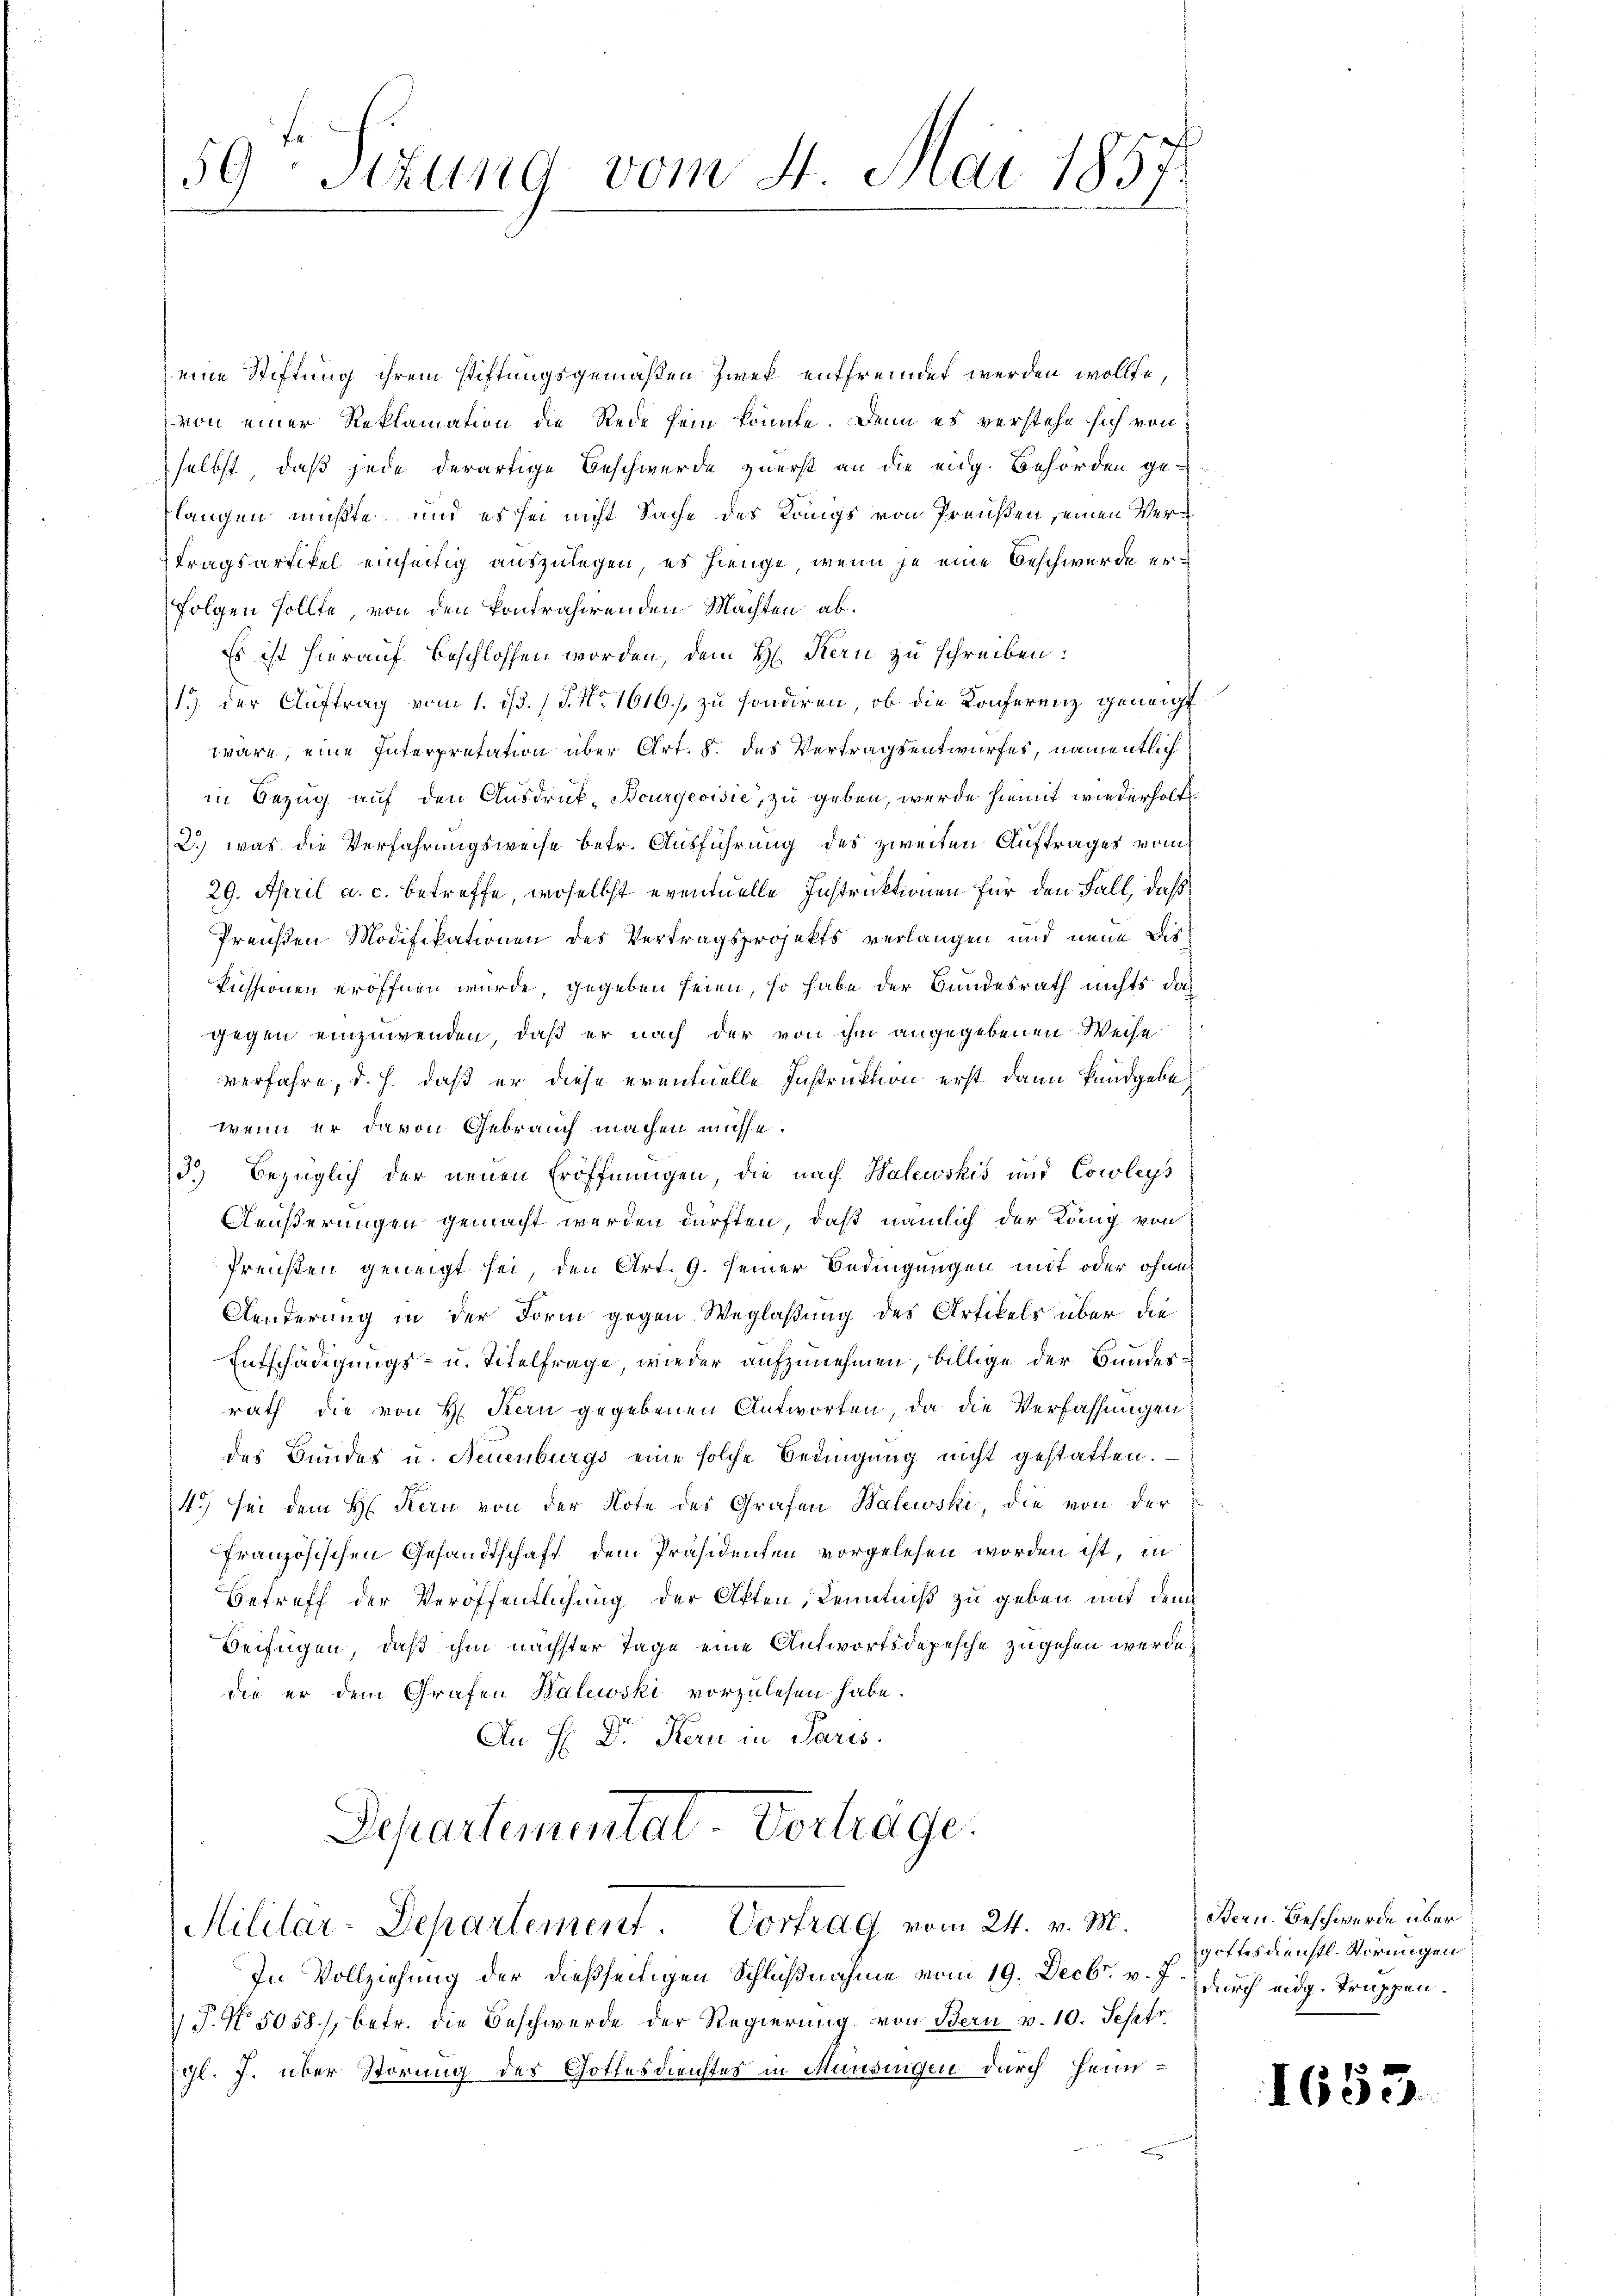
59te Sitzung vom 4. Mai 1857.

eine Stiftung ihrem Stiftungsgemäßen Zwek entfremdet werden wollte,
von einer Reklamation die Rede sein könnte. Denn es verstehe sich von
selbst, daß jede derartige Beschwerde zuerst an die eidg. Behörden ge-
langen mußte, und es sei nicht Sache des Königs von Preußen, einen Vertragsartikel einseitig auszulegen, es hienge, wenn je eine Beschwerde erfolgen sollte, von den kontrahirenden Machten ab¬
Es ist hierauf beschlossen worden, dem H. Kern zu schreiben:
1 der Auftrag vom 1. ist. (T. No. 1616./ zu sondiren, ob die Konferenz geneigt
wäre, eine Interpretation über Art. 8. des Vertragsentwurfes, namentlich
in Bezug auf den Ausdruck-Bourgeoisie, zu geben, werde hiemit wiederholt
2.) Was die Verfahrungsweise betr. Ausführung des zweiten Auftrages vom
29. April a. c. betreffe, woselbst eventuelle Instruktionen für den Fall, daß
Preußen Modifikationen des Vertragsprojekts verlangen und neue Diskussionen eröffnen wurde, gegeben seien, so habe der Bundesrath nichts dah
gegen einzuwenden, daß er nach der von ihm angegebenen Weise
verfahre, d. h. daß er diese eventuelle Instruktion erst dann kundgebe
wenn er davon Gebrauch machen müsse.
3.) Bezüglich der neuen Eröffnungen, die nach Walewskis und Cowleys
Ääußerungen gemacht werden dürften, daß nämlich der König von
Preisten geneigt sei, den Art. 9. seiner Bedingungen mit oder ohne
Aenderung in der Form gegen Weglaßung des Artikels über die
Entschädigungs- u. Titelfrage, wieder aufzunehmen, billige der Bundesrath die von H Kern gegebenen Antworten, da die Verfassungen
des Bundes u. Neuenburgs eine solche Bedingung nicht gestatten.
4.) sei dem H. Kern von der Note des Grafen Walewski, die von der
französischen Gesandtschaft dem Präsidenten vorgelesen worden ist, in
Betreff der Veröffentlichung der Akten, Kenntniß zu geben mit dem
Beifügen, daß ihm nächster Tage eine Antwortsdepesche zugehen werde
die er dem Grafen Balewski vorzulesen habe.
An H. Dr. Kern in Paris.
Departementat-Vortrage.

Militär-Departement. Vortrag vom 24. v. M.

In Vollziehung der dießseitigen Schlußnahme vom 19. Decbr. v. J.
 P. No. 5058/, betr. die Beschwerde der Regierung von Bern v. 10. Septr.
igl. J. über Störung des Gottesdienstes in Mündigen durch Heim¬

Bern. Beschwerde über
gottesdienstl. Störungen
durch eidg. Truppen.

1653